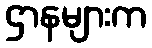
ဌာနများက